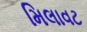
મિલાવટ